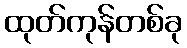
ထုတ်ကုန်တစ်ခု